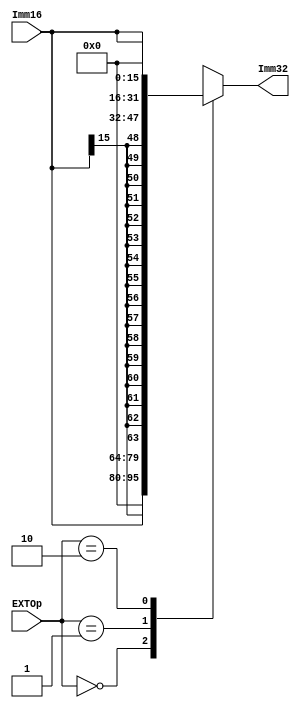
`timescale 1ns / 1ps
//////////////////////////////////////////////////////////////////////////////////
// Company: 
// Engineer: 
// 
// Design Name: 
// Module Name: EXT
// Project Name: 
// Target Devices: 
// Tool Versions: 
// Description: 
// 
// Dependencies: 
// 
// Revision:
// Revision 0.01 - File Created
// Additional Comments:
// 
//////////////////////////////////////////////////////////////////////////////////


module EXT(Imm16, EXTOp, Imm32 );
    
    input  [15:0] Imm16;   
    input  [1:0]  EXTOp; // EXT_ZERO(2'b00), EXT_SIGNED(2'b01), EXT_HIGHPOS(2'b10)  
    
    output [31:0] Imm32;
    
    wire [31:0] E0, E1, E2;
    wire [15:0] e = {16{Imm16[15]}};
    
    parameter z = 16'b0;
    
    assign E0 = {z, Imm16};
    assign E1 = {e, Imm16};
    assign E2 = {Imm16, z};
    
    function [31:0]ext;
        input [31:0]E0, E1, E2;
        input [1:0]Se;
        case(Se)
            2'b00:ext=E0;
            2'b01:ext=E1;
            2'b10:ext=E2;
        endcase
    endfunction
    
    assign Imm32=ext(E0,E1,E2,EXTOp);
    
endmodule